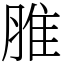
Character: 脽